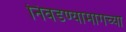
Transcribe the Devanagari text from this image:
निवडण्यामागच्या